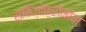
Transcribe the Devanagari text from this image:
स्किज़ोफ़्रीनीया